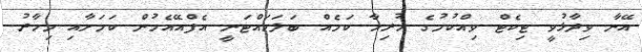
އޭނާ ވިދާޅުވީ ޓިކެޓް ވިއްކުމުގެ ހުރިހާ ކަމެެއް ބަލަހައްޓަނީ އެފްއޭއެމުން ކަމަށާއި މިހާރު